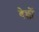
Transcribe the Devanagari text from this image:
बेल्लों